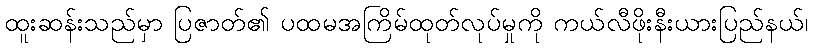
ထူးဆန်းသည်မှာ ပြဇာတ်၏ ပထမအကြိမ်ထုတ်လုပ်မှုကို ကယ်လီဖိုးနီးယားပြည်နယ်၊